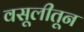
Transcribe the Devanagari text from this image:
वसूलीतून